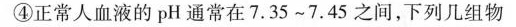
④正常人血液的pH通常在7.35~7.45之间，下列几组物